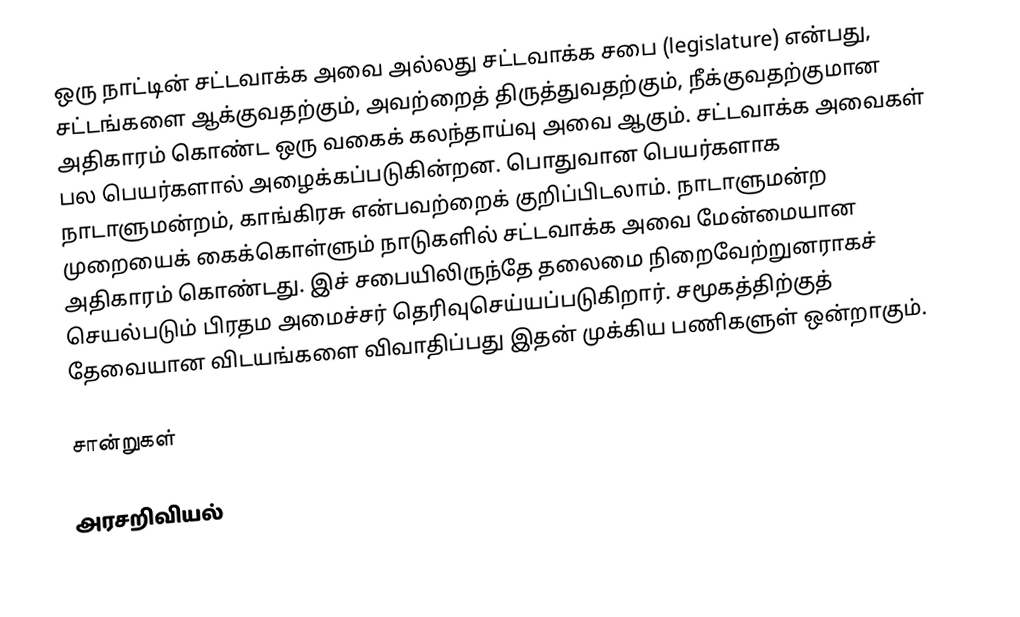
ஒரு நாட்டின் சட்டவாக்க அவை அல்லது சட்டவாக்க சபை (legislature) என்பது, சட்டங்களை ஆக்குவதற்கும், அவற்றைத் திருத்துவதற்கும், நீக்குவதற்குமான அதிகாரம் கொண்ட ஒரு வகைக் கலந்தாய்வு அவை ஆகும். சட்டவாக்க அவைகள் பல பெயர்களால் அழைக்கப்படுகின்றன. பொதுவான பெயர்களாக நாடாளுமன்றம், காங்கிரசு என்பவற்றைக் குறிப்பிடலாம். நாடாளுமன்ற முறையைக் கைக்கொள்ளும் நாடுகளில் சட்டவாக்க அவை மேன்மையான அதிகாரம் கொண்டது. இச் சபையிலிருந்தே தலைமை நிறைவேற்றுனராகச் செயல்படும் பிரதம அமைச்சர் தெரிவுசெய்யப்படுகிறார். சமூகத்திற்குத் தேவையான விடயங்களை விவாதிப்பது இதன் முக்கிய பணிகளுள் ஒன்றாகும்.

சான்றுகள்

அரசறிவியல்